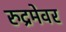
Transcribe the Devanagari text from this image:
रुद्रमेवर